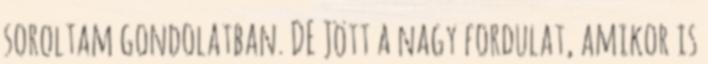
soroltam gondolatban. DE Jött a nagy fordulat, amikor is